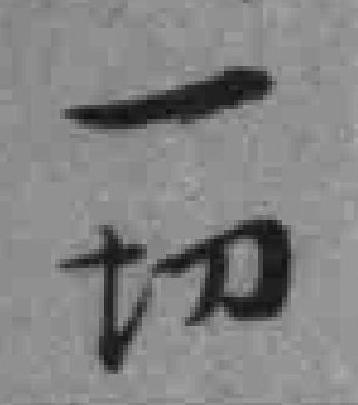
一切